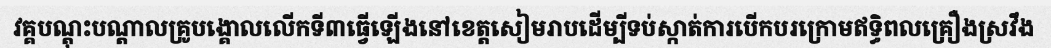
វគ្គបណ្តុះបណ្តាលគ្រូបង្គោលលើកទី៣ធ្វើឡើងនៅខេត្តសៀមរាបដើម្បីទប់ស្កាត់ការបើកបរក្រោមឥទ្ធិពលគ្រឿងស្រវឹង